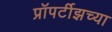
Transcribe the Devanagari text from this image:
प्रॉपर्टीझच्या